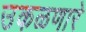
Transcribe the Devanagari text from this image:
उकळणारे